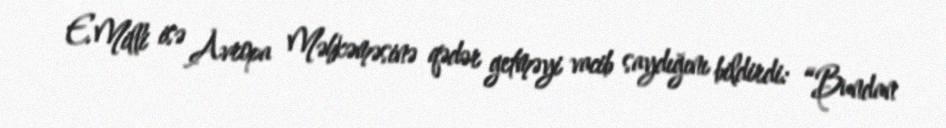
E.Milli isə Avropa Məhkəməsinə qədər getməyi vacib saydığını bildirdi: “Bundan